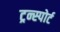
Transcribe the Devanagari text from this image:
ट्रन्स्पोर्ट